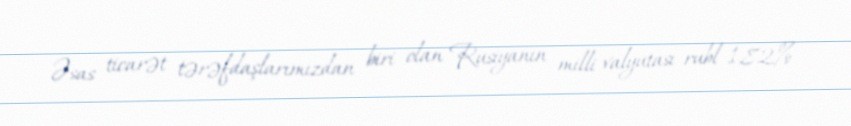
Əsas ticarət tərəfdaşlarımızdan biri olan Rusiyanın milli valyutası rubl 1,82%